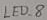
Text: LED_8